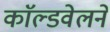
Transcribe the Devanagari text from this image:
काॅल्डवेलने